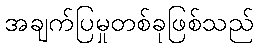
အချက်ပြမှုတစ်ခုဖြစ်သည်